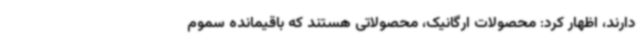
دارند، اظهار کرد: محصولات ارگانیک، محصولاتی هستند که باقیمانده سموم